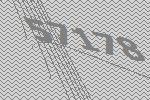
57178